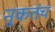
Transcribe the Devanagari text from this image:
नुकतंच